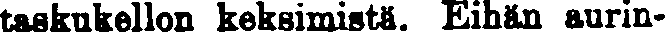
taskukellon keksimistä. Eihän aurin-